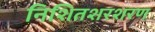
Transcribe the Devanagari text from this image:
निशितशरशरण